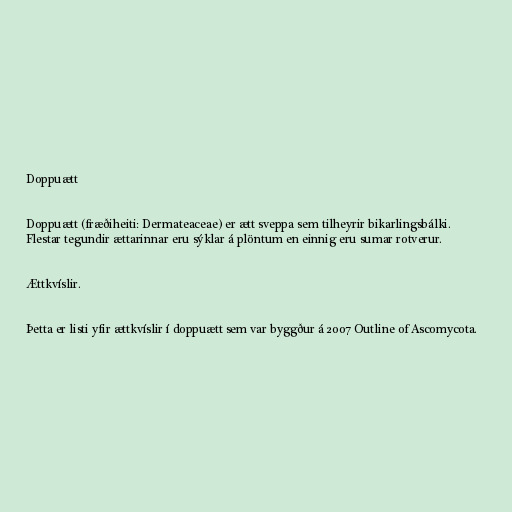
Doppuætt

Doppuætt (fræðiheiti: Dermateaceae) er ætt sveppa sem tilheyrir bikarlingsbálki.
Flestar tegundir ættarinnar eru sýklar á plöntum en einnig eru sumar rotverur.

Ættkvíslir.

Þetta er listi yfir ættkvíslir í doppuætt sem var byggður á 2007 Outline of Ascomycota.